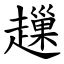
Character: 䟁